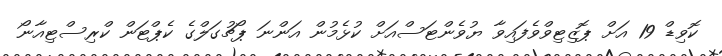
ކޮވިޑް 19 އަށް ޕޮޒިޓިވްވެފައިވާ ޔުވެންޓަސްއަށް ކުޅެމުން އަންނަ ޕޯޗުގަލްގެ ކެޕްޓަން ކްރިސްޓިއާނޯ